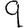
Digit: 9